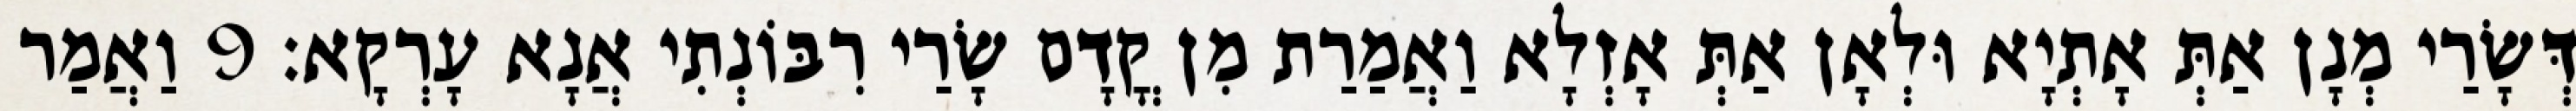
דְּשָׂרַי מְנָן אַתְּ אָתְיָא וּלְאָן אַתְּ אָזְלָא וַאֲמַרַת מִן קֳדָם שָׂרַי רִבּוֹנְתִי אֲנָא עָרְקָא׃ 9 וַאֲמַר